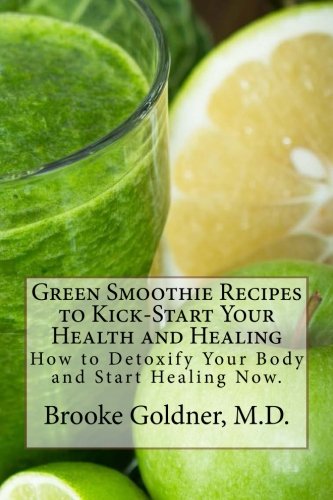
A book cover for Green Smoothie Recipes to Kickstart Your Health and Healing: How to Detoxify Your Body and Start Healing Now.; Brooke Goldner M.D.; Medical Books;